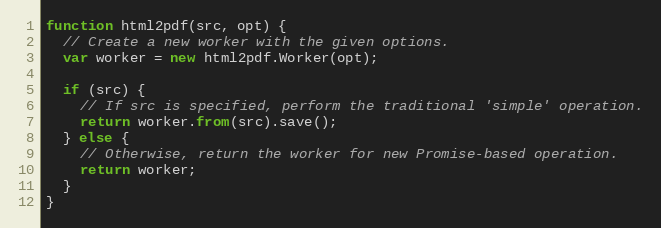
Language: JavaScript
function html2pdf(src, opt) {
  // Create a new worker with the given options.
  var worker = new html2pdf.Worker(opt);

  if (src) {
    // If src is specified, perform the traditional 'simple' operation.
    return worker.from(src).save();
  } else {
    // Otherwise, return the worker for new Promise-based operation.
    return worker;
  }
}